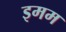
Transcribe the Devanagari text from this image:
इमम